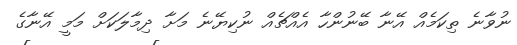
ނުވާނެ ތިކަމެއް އޭނާ ބޭނުންހާ އެއްޗެއް ނުކިޔޭނެ މަށާ ދިމާލަކަށް މަމީ އޭނާގެ